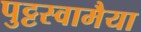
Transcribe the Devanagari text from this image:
पुट्टस्वामैया